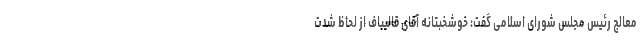
معالج رئیس مجلس شورای اسلامی گفت: خوشخبتانه آقای قالیباف از لحاظ شدت